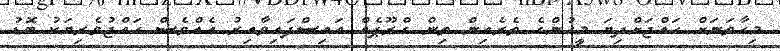
މިހާތަނަށް ހައްޖަށްދިޔަ މީހުންގެ ތެރެއިން ތިން ގްރޫޕެއް އައިސްފައިވާއިރު އެއްވެސް ހައްޖުވެރިޔަކު ބޮޑު